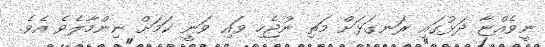
ނީވެއްޏާ ދަޅުގައި ރަނގަޅަށް މަތި ނުޖެހި ވައި ވަނީ ކަމަށް ނިންމާލެވެ އެވެ.